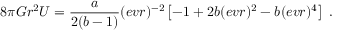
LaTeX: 8 \pi G r ^ { 2 } U = { \frac { { a } } { 2 ( { { b } } - 1 ) } } ( e v r ) ^ { - 2 } \left[ - 1 + 2 { { b } } ( e v r ) ^ { 2 } - { { b } } ( e v r ) ^ { 4 } \right] \ .